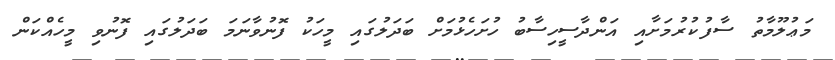
މަޢުލޫމާތު ސާފުކުރުމަށާއި އަންދާސީހިސާބު ހުށަހެޅުމަށް ބަދަލުގައި މީހަކު ފޮނުވާނަމަ ބަދަލުގައި ފޮނުވި މީހެއްކަން